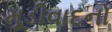
મૂડીવાદનો